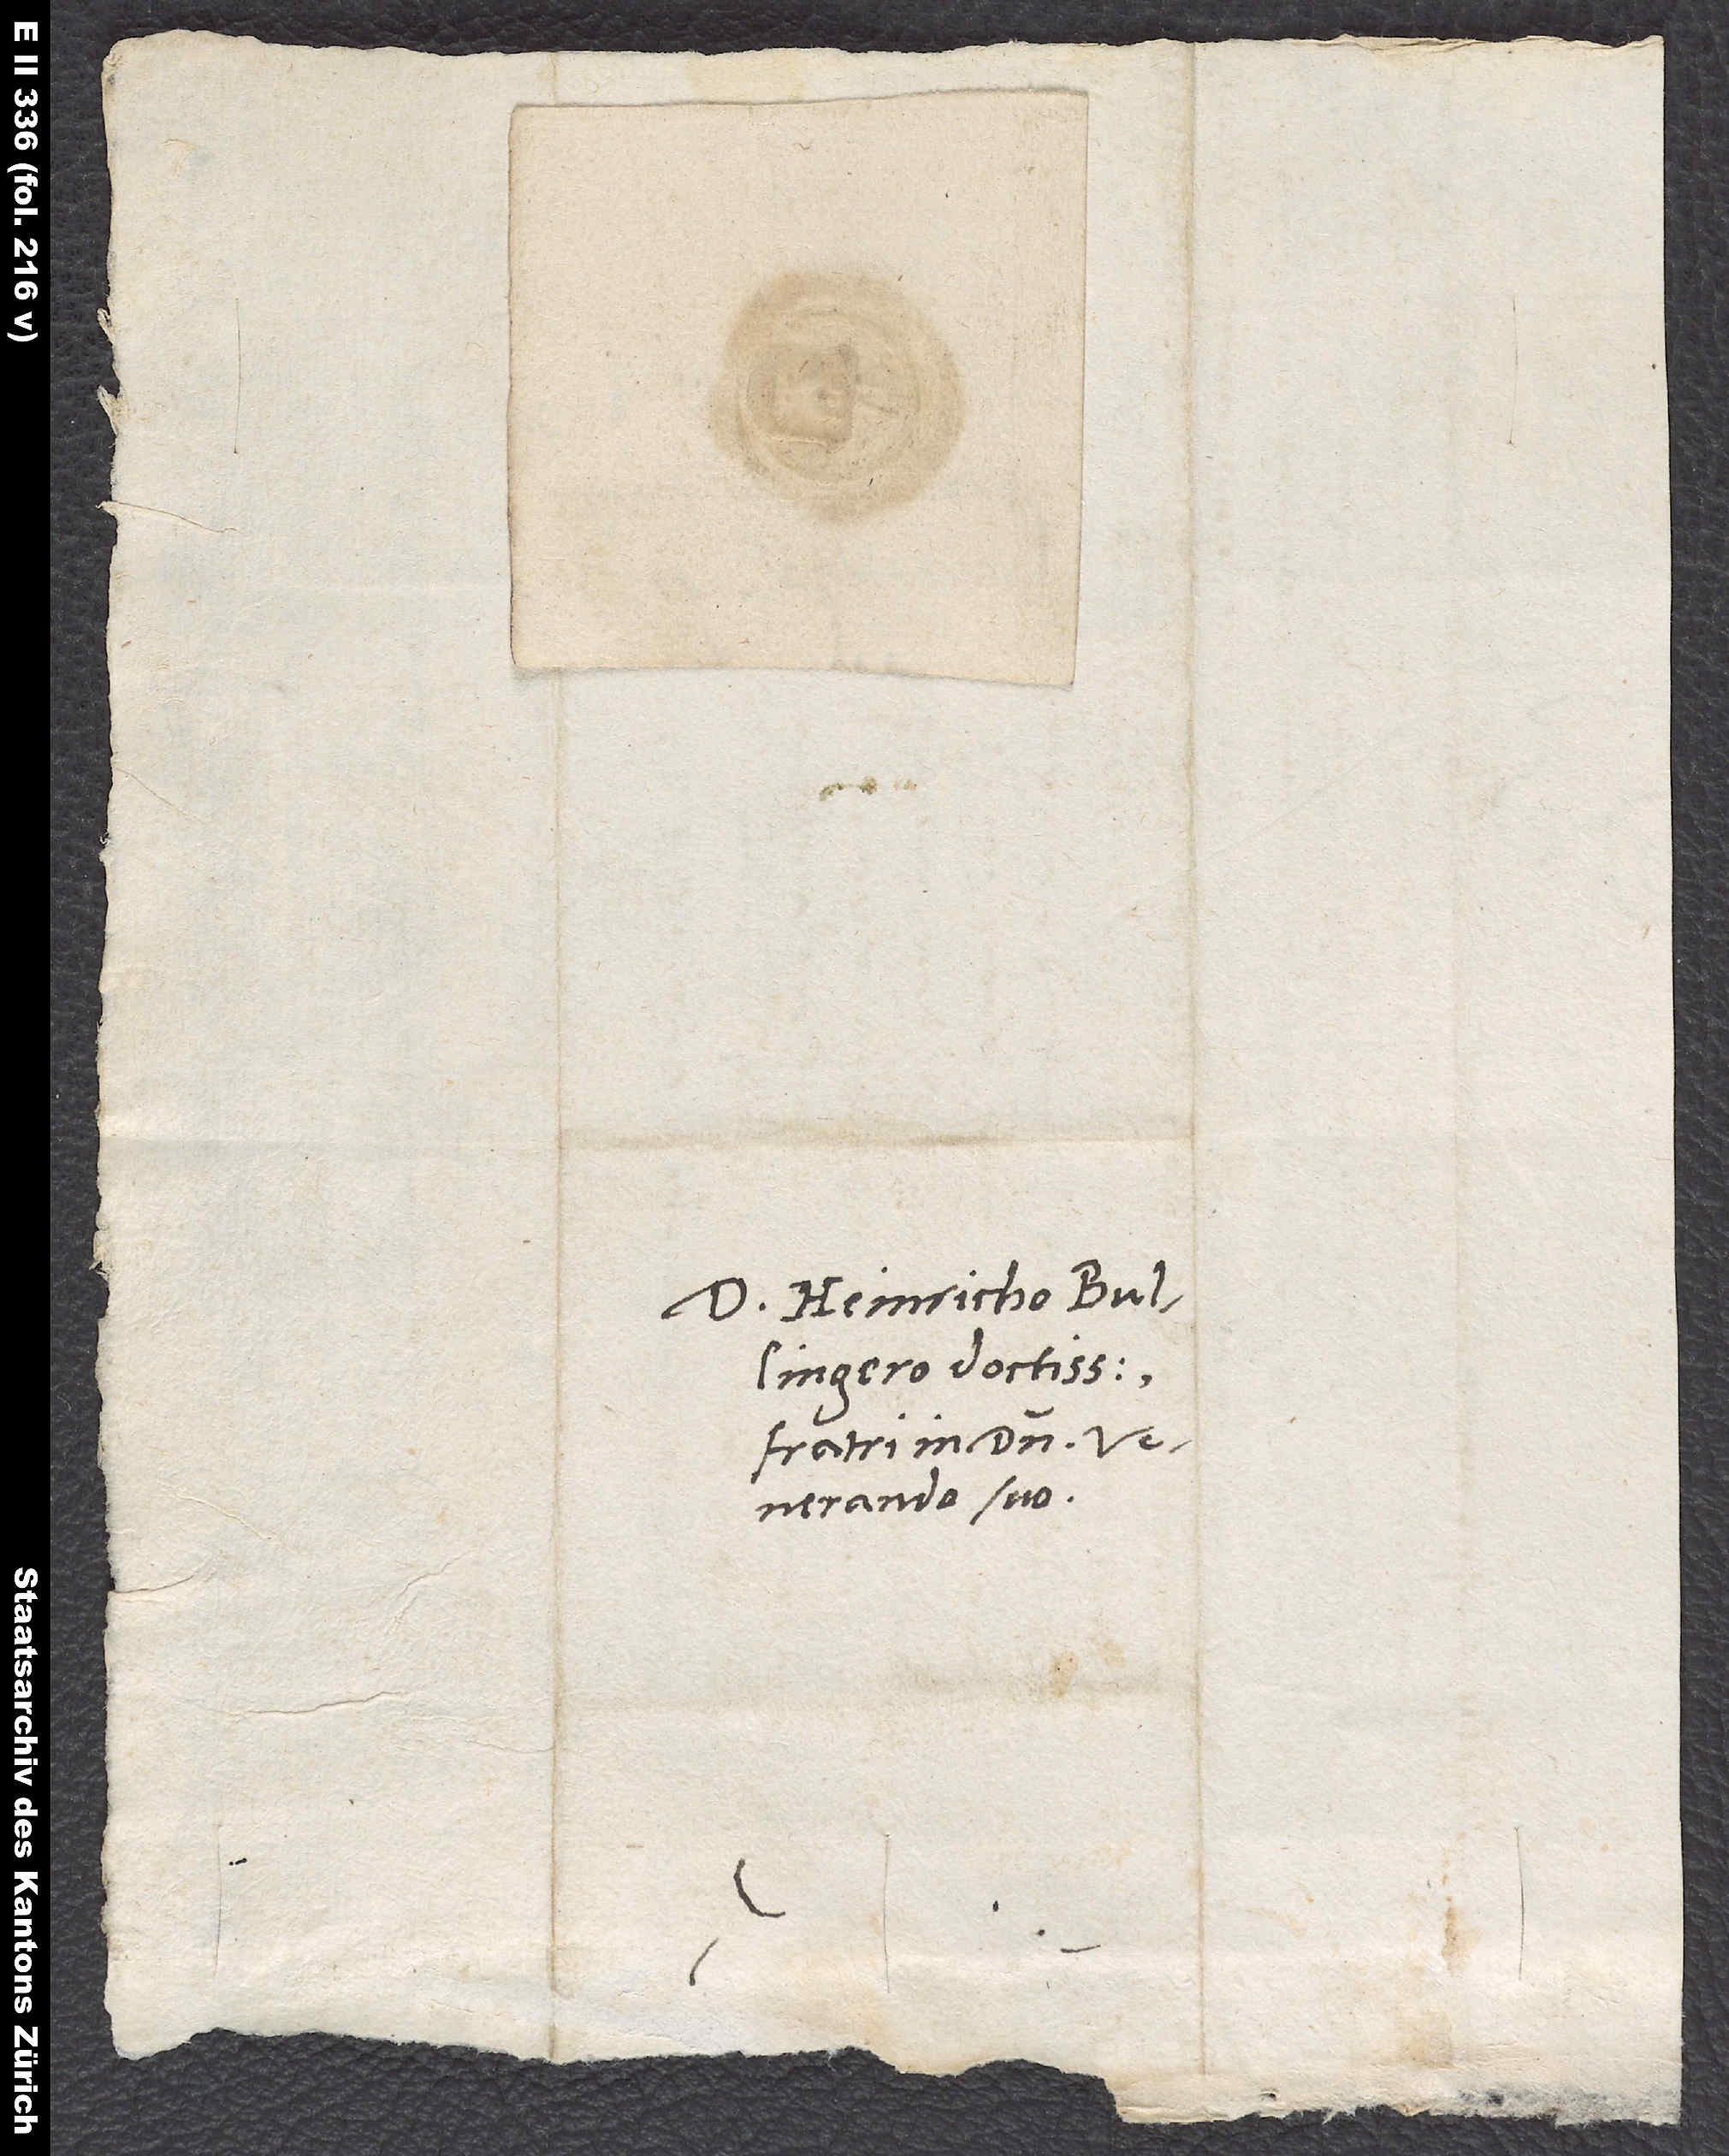
Heinricho Bullingero
venerando suo.